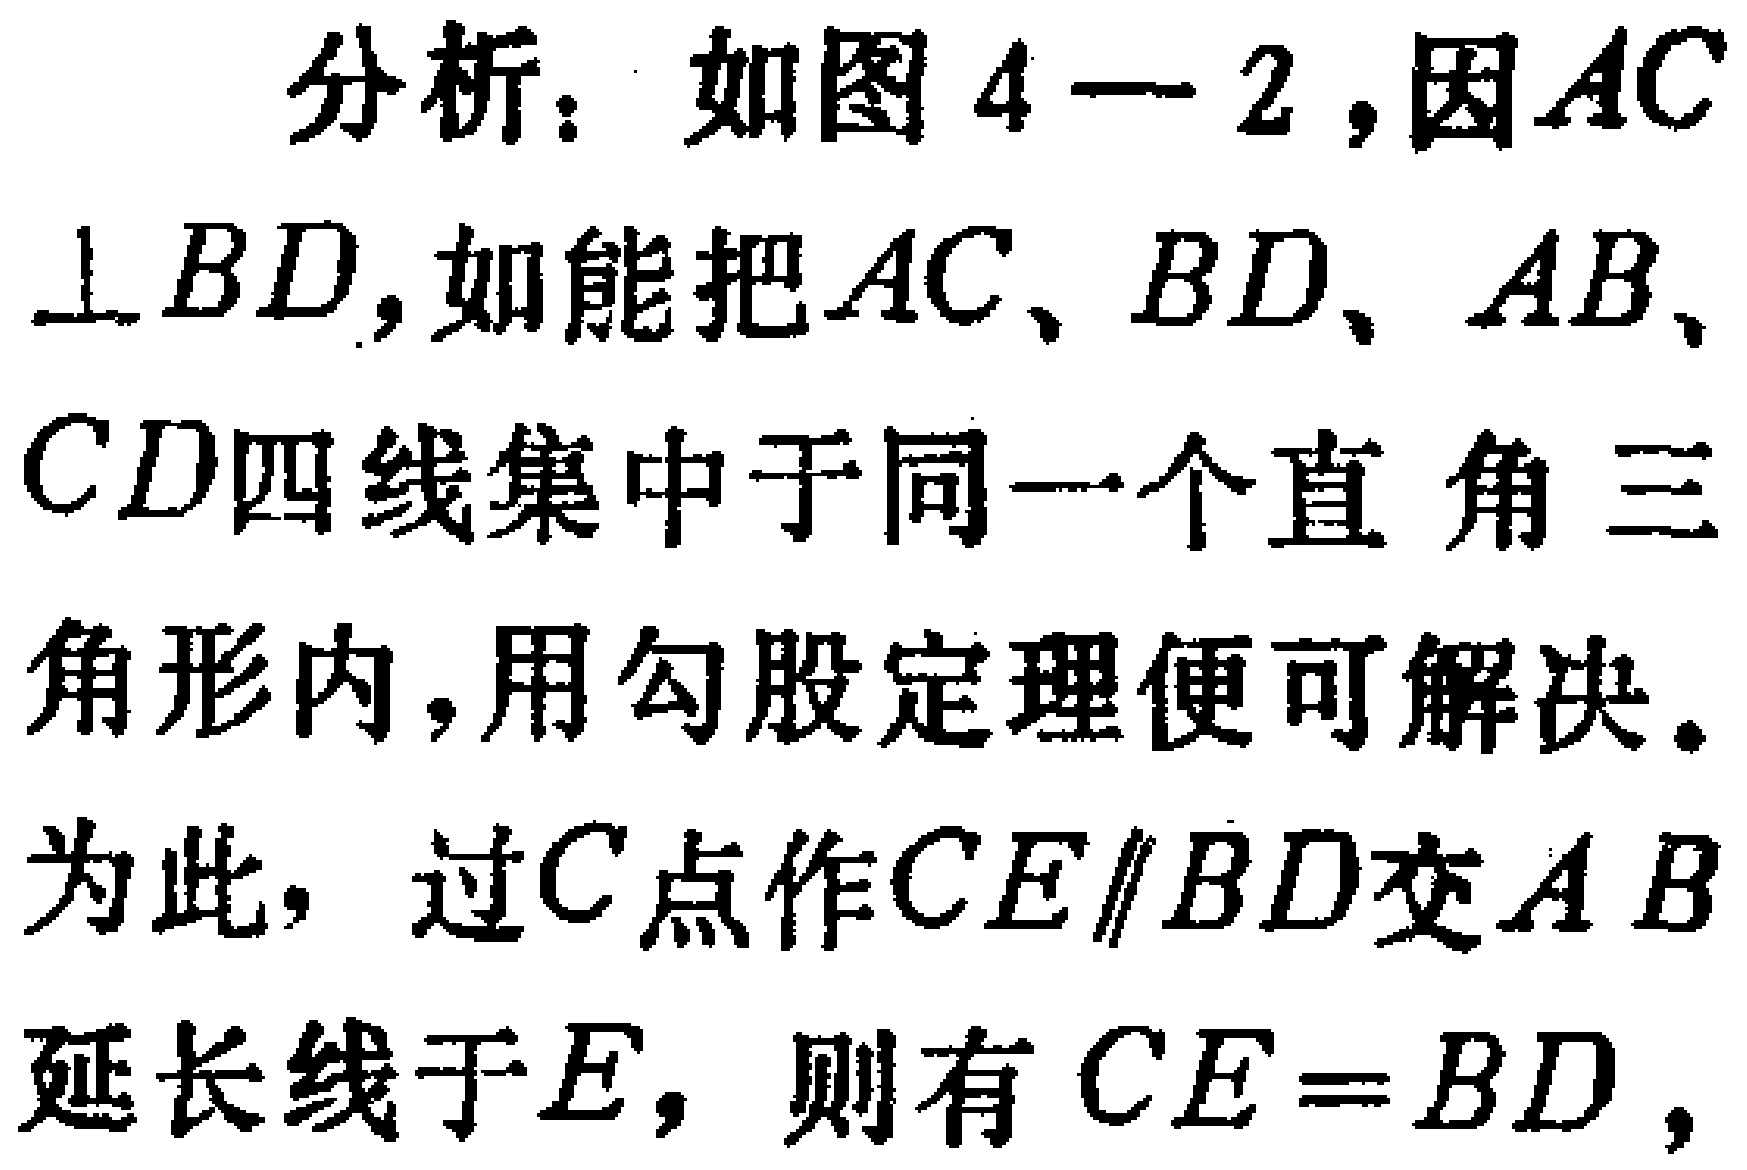
分析：如图4—2，因\(AC\perp BD\)，如能把\(AC\)、\(BD\)、\(AB\)、\(CD\)四线集中于同一个直角三角形内，用勾股定理便可解决。为此，过\(C\)点作\(CE\parallel BD\)交\(AB\)延长线于\(E\)，则有\(CE = BD\)，